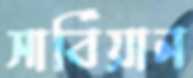
সার্বিয়ান